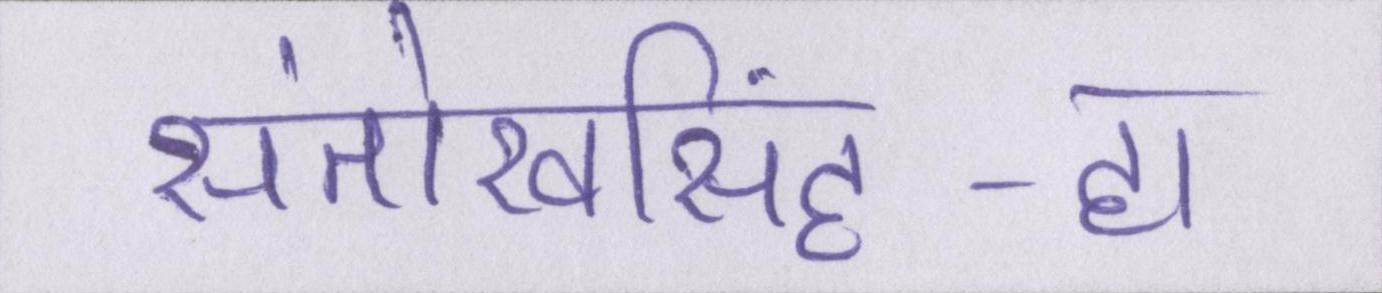
संतोखसिंह-हां